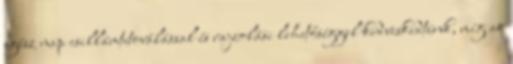
egész nap csillámtetoválással és rajzolási lehetőséggel kedveskedtünk, míg az